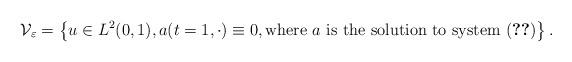
LaTeX: \begin{align*} \mathcal{V}_\varepsilon = \left\{ u \in L^2(0,1), a(t=1,\cdot) \equiv 0, \textrm{where $a$ is the solution to system~\eqref{system.a}} \right\}.\end{align*}